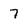
Character: 7